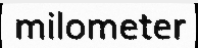
milometer